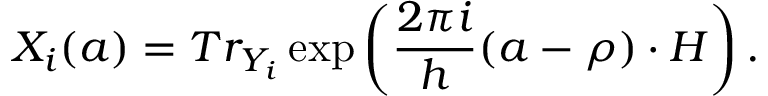
X _ { i } ( a ) = T r _ { Y _ { i } } \exp \left( \frac { 2 \pi i } h ( a - \rho ) \cdot H \right) .